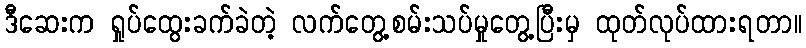
ဒီဆေးက ရှုပ်ထွေးခက်ခဲတဲ့ လက်တွေ့စမ်းသပ်မှုတွေ့ပြီးမှ ထုတ်လုပ်ထားရတာ။